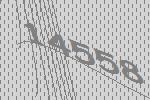
14558